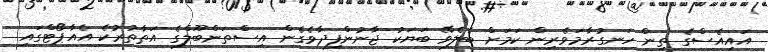
އައިއެސްގެ ތިން ހަނގުރާމަވެރިން ކަމަށް ބެލެވޭ ބަޔަކު ޖާނުންފިދާވެގެން އިސްތަންބޫލްގެ އަތާތުރުކެ އެއާޕޯޓްގައި